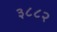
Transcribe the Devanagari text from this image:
३८८२